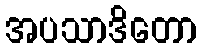
အပသာဒိတော